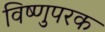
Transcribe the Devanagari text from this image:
विष्णुपरक